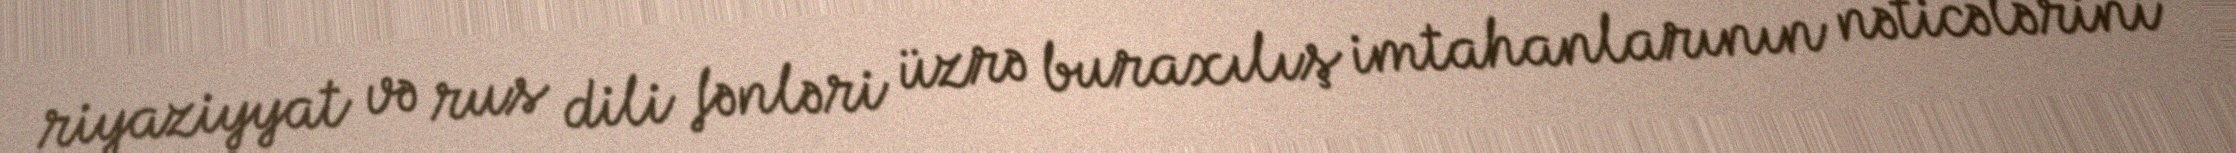
riyaziyyat və rus dili fənləri üzrə buraxılış imtahanlarının nəticələrini